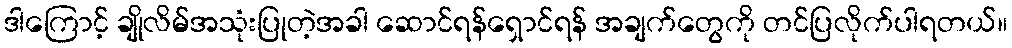
ဒါကြောင့် ချိုလိမ်အသုံးပြုတဲ့အခါ ဆောင်ရန်ရှောင်ရန် အချက်တွေကို တင်ပြလိုက်ပါရတယ်။